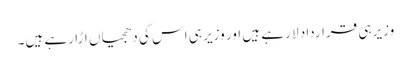
وزیر ہی قرارداد لا رہے ہیں اور وزیر ہی اس کی دھجیاں اڑا رہے ہیں۔